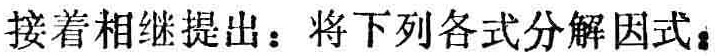
接着相继提出：将下列各式分解因式。